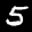
Label: 5